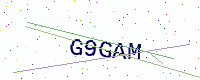
Text: G9GAM